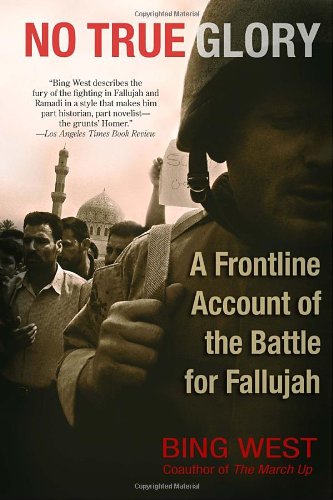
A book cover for No True Glory: A Frontline Account of the Battle for Fallujah; Bing West; History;